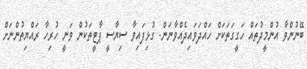
ބޭނުންވާ އުންމީދުތައް ހަގީގަތަކަށް ހައްދަވައިދެއްވާނަން. ގުޅިފައިވާ ސިޔާސީ ޕާޓީތަކުން ވަނީ ހުރިހާ ރައްޔިތުންނަށް